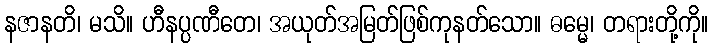
နဇာနတိ၊ မသိ။ ဟီနပ္ပဏီတေ၊ အယုတ်အမြတ်ဖြစ်ကုနတ်သော။ ဓမ္မေ၊ တရားတို့ကို။